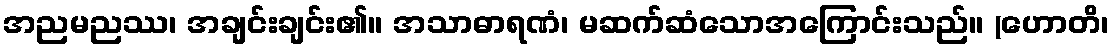
အညမညဿ၊ အချင်းချင်း၏။ အသာဓာရဏံ၊ မဆက်ဆံသောအကြောင်းသည်။ (ဟောတိ၊